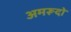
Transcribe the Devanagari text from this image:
अमरूदों